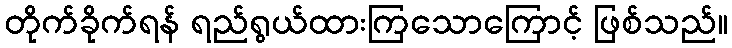
တိုက်ခိုက်ရန် ရည်ရွယ်ထားကြသောကြောင့် ဖြစ်သည်။